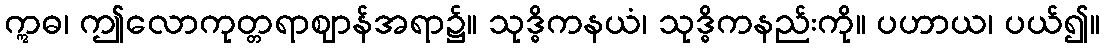
ဣဓ၊ ဤလောကုတ္တရာဈာန်အရာ၌။ သုဒ္ဓိကနယံ၊ သုဒ္ဓိကနည်းကို။ ပဟာယ၊ ပယ်၍။